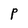
Character: P